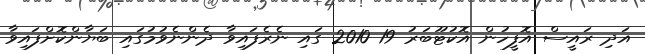
އަދި ރައީސް އޮފީހުން އޮކުޓޫބަރު 19 2010 ގައި ނެރެފައިވާ ދެންނެވުމުގައި ބަޔާންކޮށްފައިވާ